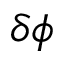
\protect \delta \protect \phi